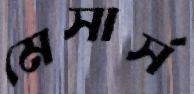
মেসার্স